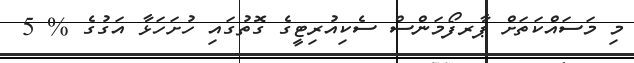
މި މަސައްކަތަށް ޕާރފޯމަންސް ސެކިއުރިޓީގެ ގޮތުގައި ހުށަހަޅާ އަގުގެ % 5